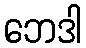
ဘေဒါ